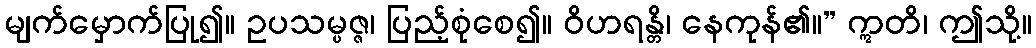
မျက်မှောက်ပြု၍။ ဥပသမ္ပဇ္ဇ၊ ပြည့်စုံစေ၍။ ဝိဟရန္တိ၊ နေကုန်၏။” ဣတိ၊ ဤသို့။